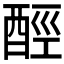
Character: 𨠸